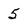
Character: 5